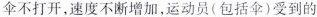
伞不打开，速度不断增加，运动员(包括伞)受到的